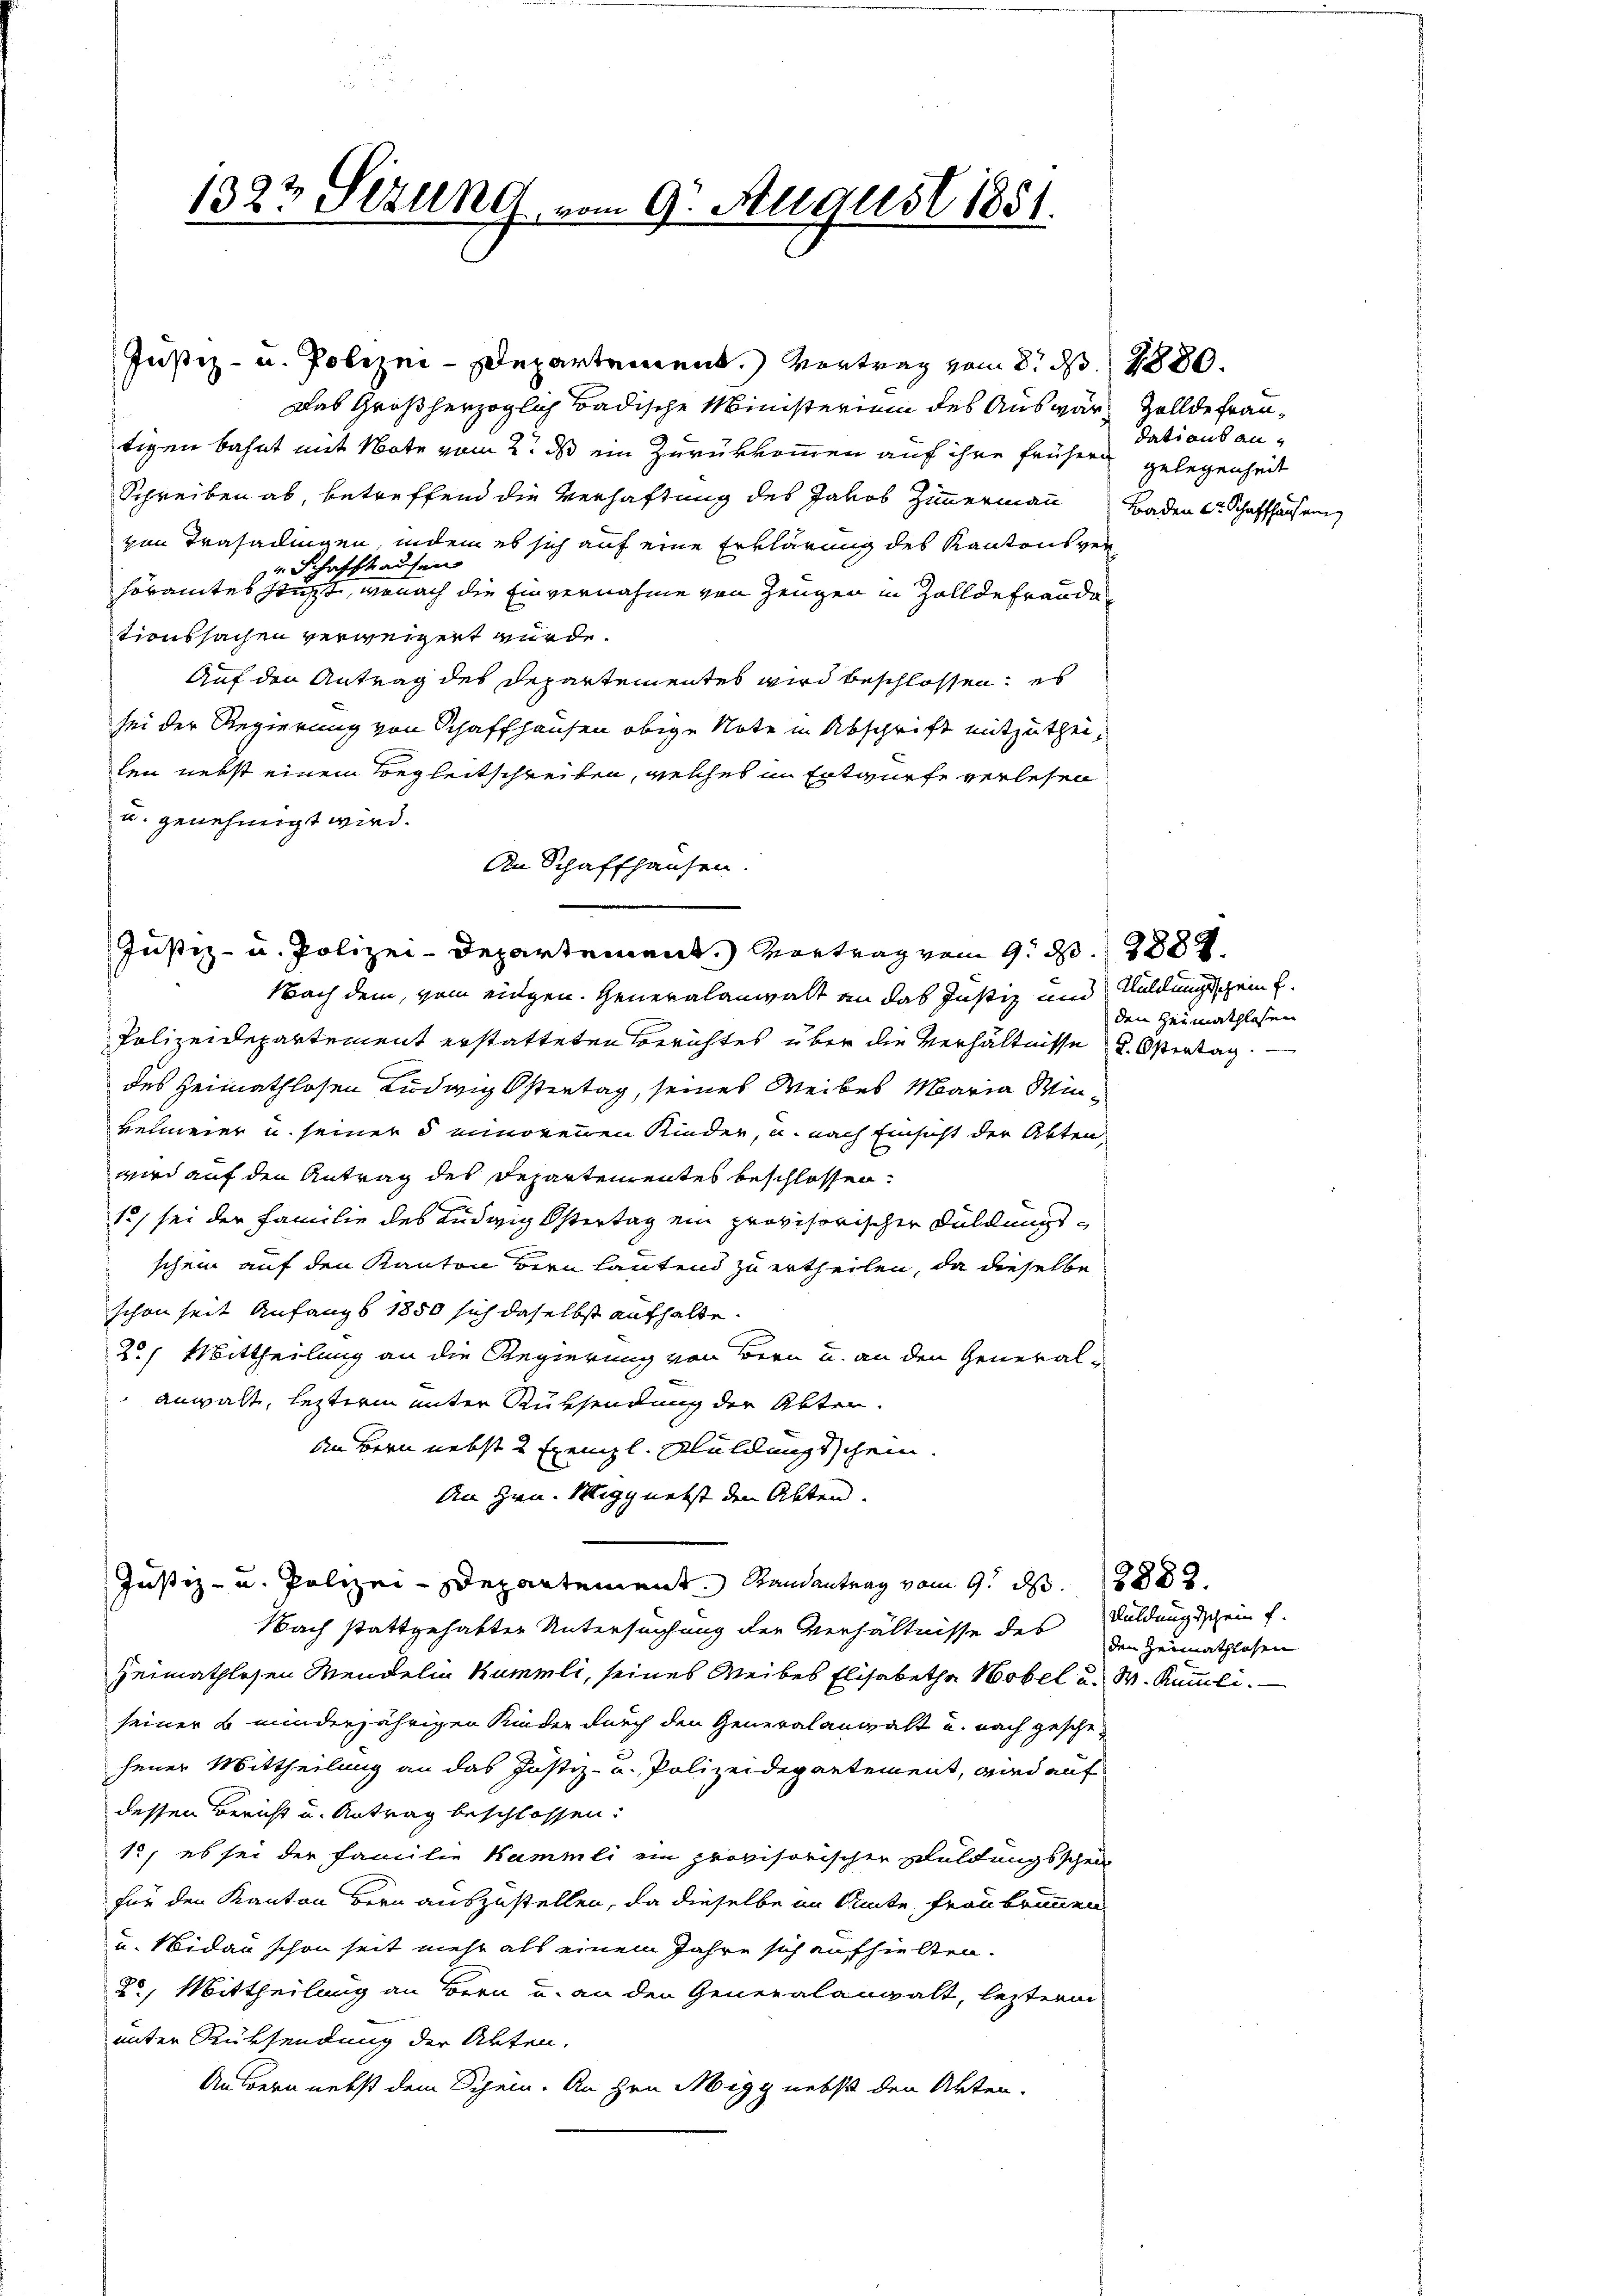
Justiz- u. Polizei-Departement. Vortrag vom 8. d. 1880.
Das Großherzoglich Badische Ministerium des Auswär, Zollde Frantigen Bahnt mit Note vom 2. ds ein Zurükkommen auf ihre frühern gelegenheit
Schreiben ab, betreffend die Verhaftung des Jakob Zimmermann Baden C. Schaffhaus au
von Trasadingen, indem es sich auf eine Erklärung des Kantons ver¬
 Schaffhausen
höramtes zeigt, wonach die Einvernahme von Zeugen in Zolldefraudationssachen verweigert wurde.
Auf den Antrag des Departementes wird beschlossen; es
sei der Regierung von Schaffhausen obige Note in Abschrift mitzutheilen nebst einem Begleitschreiben, welches in Entwurfe verlesen
u. genehmigt wird.
An Schaffhausen.
Justiz- u. Polizei-Departement. Vortrag vom 9. d. 2882
Nach dem, vom eidgen. Generalanwalt an das Justiz und Waldungsgrif
Polizeidepartement erstatteten Berichtes über die Verhältnisse u. Ostertag.
des Heimathlosen Ludwig Ostertag, seines Weibes Maria Winkelmeier u. seiner 5 minorenen Kinder, u. nach Einsicht der Abten,
wird auf den Antrag des Departementes beschlossen:
1) sei der Familie des Ludwig Östertag ein provisorischer Duldungsschein auf den Kanton Bern Lautend zu ertheilen, da dieselbe
schon seit Anfangs 1850 sich daselbst aufhalte.
2.) Mittheilung an die Regierung von Bern u. an den Generalanwalt, leztere unter Rücksendung der Abten.
An Bern nebst 2 Exempl. Schuldungsschein.
An Hrn. Wigg nebst den Akten.
Justiz- u. Polizei-Departement. Randantrag vom 9. d. 2882.
Nach stattgehabter Untersuchung der Verhältnisse des
Heimathlosen Mendelin Kummli, seines Weibes Elisabetha Hobel u. W. Rumli
seiner u minderjährigen Kinder durch den Generalanwalt u. nach gesche-
jener Mittheilung an das Justiz- u. Polizeidepartement, wird auf
dessen Bericht u. Antrag beschlossen:
12, es sei der Familie Kammli ein provisorischen Schuldungsschein
für den Kanton Bern auszustellen, da dieselbe im Amte Frau Brunnen
u. Nidau schon seit mehr als einem Jahre sich aufhielten.
2, Mittheilung an Bern u. an den Generalangalt, lezterm
unter Rücksendung der Akten.
Außern nebst dem Schein. An Hrn. Migg nebst den Akten.

1322 Sezung vom 9. August 1881.

dati aus an¬

den Heimathlosen

Duldung schein f.
den Heimathlosen